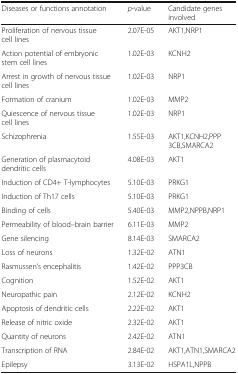
<table><thead><tr><td><b>Diseases or functions annotation</b></td><td><b><i>p</i>-value</b></td><td><b>Candidate genes involved</b></td></tr></thead><tbody><tr><td>Proliferation of nervous tissue cell lines</td><td>2.07E-05</td><td>AKT1,NRP1</td></tr><tr><td>Action potential of embryonic stem cell lines</td><td>1.02E-03</td><td>KCNH2</td></tr><tr><td>Arrest in growth of nervous tissue cell lines</td><td>1.02E-03</td><td>NRP1</td></tr><tr><td>Formation of cranium</td><td>1.02E-03</td><td>MMP2</td></tr><tr><td>Quiescence of nervous tissue cell lines</td><td>1.02E-03</td><td>NRP1</td></tr><tr><td>Schizophrenia</td><td>1.55E-03</td><td>AKT1,KCNH2,PPP3CB,SMARCA2</td></tr><tr><td>Generation of plasmacytoid dendritic cells</td><td>4.08E-03</td><td>AKT1</td></tr><tr><td>Induction of CD4+ T-lymphocytes</td><td>5.10E-03</td><td>PRKG1</td></tr><tr><td>Induction of Th17 cells</td><td>5.10E-03</td><td>PRKG1</td></tr><tr><td>Binding of cells</td><td>5.40E-03</td><td>MMP2,NPPB,NRP1</td></tr><tr><td>Permeability of blood–brain barrier</td><td>6.11E-03</td><td>MMP2</td></tr><tr><td>Gene silencing</td><td>8.14E-03</td><td>SMARCA2</td></tr><tr><td>Loss of neurons</td><td>1.32E-02</td><td>ATN1</td></tr><tr><td>Rasmussen’s encephalitis</td><td>1.42E-02</td><td>PPP3CB</td></tr><tr><td>Cognition</td><td>1.52E-02</td><td>AKT1</td></tr><tr><td>Neuropathic pain</td><td>2.12E-02</td><td>KCNH2</td></tr><tr><td>Apoptosis of dendritic cells</td><td>2.22E-02</td><td>AKT1</td></tr><tr><td>Release of nitric oxide</td><td>2.32E-02</td><td>AKT1</td></tr><tr><td>Quantity of neurons</td><td>2.42E-02</td><td>ATN1</td></tr><tr><td>Transcription of RNA</td><td>2.84E-02</td><td>AKT1,ATN1,SMARCA2</td></tr><tr><td>Epilepsy</td><td>3.13E-02</td><td>HSPA1L,NPPB</td></tr></tbody></table>